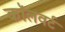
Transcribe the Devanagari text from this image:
कॉलवर्ट